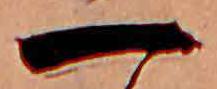
一